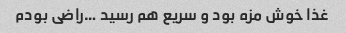
غذا خوش مزه بود و سریع هم رسید …راضی بودم